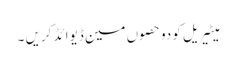
میٹیریل کو دو حصوں مین ڈیوائڈ کریں ۔